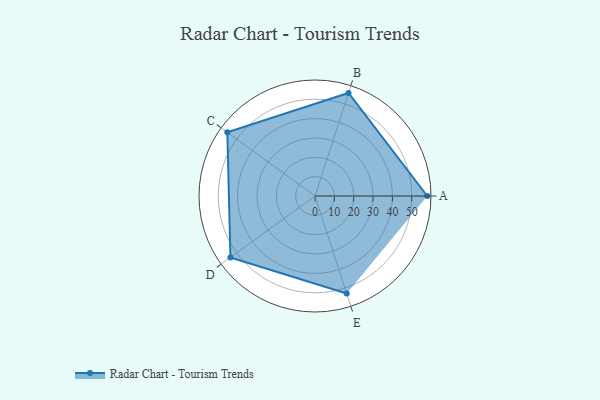
{"axis": {"x": "Skill", "y": "Score"}, "legend": ["Profile"], "data": [{"x": "A", "y": 58.0, "type": "Profile"}, {"x": "B", "y": 56.0, "type": "Profile"}, {"x": "C", "y": 56.0, "type": "Profile"}, {"x": "D", "y": 54.0, "type": "Profile"}, {"x": "E", "y": 53.0, "type": "Profile"}]}